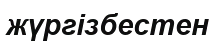
жүргізбестен